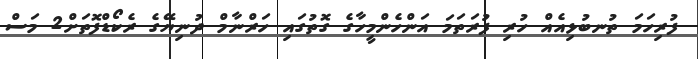
ފުރިހަމަ ތުނބުޅިއެއް ހުރި ފުރަތަމަ އަންހެންމީހާގެ ގޮތުގައި ހަރްނާމް ދުނިޔޭގެ ރެކޯޑްފޮތަށް2 މަސް